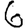
Digit: 6